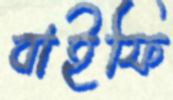
বাইফি